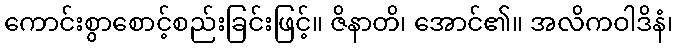
ကောင်းစွာစောင့်စည်းခြင်းဖြင့်။ ဇိနာတိ၊ အောင်၏။ အလိကဝါဒိနံ၊